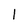
Character: 1